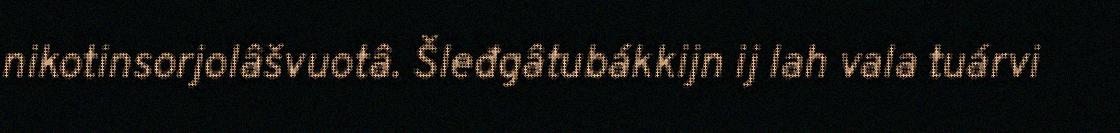
nikotinsorjolâšvuotâ. Šleđgâtubákkijn ij lah vala tuárvi